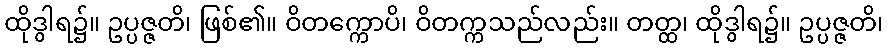
ထိုဒွါရ၌။ ဥပ္ပဇ္ဇတိ၊ ဖြစ်၏။ ဝိတက္ကောပိ၊ ဝိတက္ကသည်လည်း။ တတ္ထ၊ ထိုဒွါရ၌။ ဥပ္ပဇ္ဇတိ၊